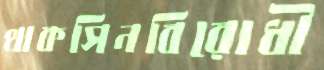
থাকসিনবিরোধী